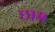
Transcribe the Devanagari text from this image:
छाम